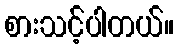
စားသင့်ပါတယ်။